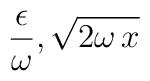
\frac{\epsilon}{\omega}, \sqrt{2\omega\,x}